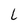
Character: l